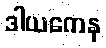
ဒါယကေန